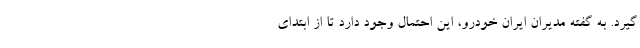
گیرد. به گفته مدیران ایران خودرو، این احتمال وجود دارد تا از ابتدای